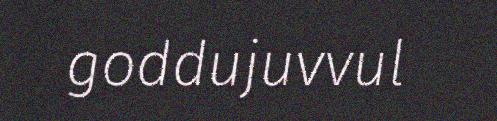
goddujuvvul